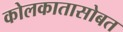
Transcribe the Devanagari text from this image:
कोलकातासोबत